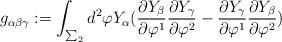
LaTeX: \begin{align*}g_{\alpha \beta \gamma}:= \int _{\sum_{2}} d^{2}\varphi Y_{\alpha} (\frac {\partial Y_{\beta}} {\partial \varphi^{1}} \frac {\partial Y_{\gamma}} {\partial \varphi^{2}} - \frac {\partial Y_{\gamma}} {\partial \varphi^{1}}\frac {\partial Y_{\beta}} {\partial \varphi^{2}})\end{align*}